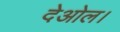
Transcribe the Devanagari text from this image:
देओल।